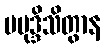
မမုဒ္ဒိသိတွာန